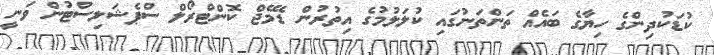
ކުޑަކުދިންގެ ހިޔާގެ ބައެއް ތަންތަނުގައި ކުލަލުމުގެ އިތުރުން ޑެމޭޖް ކޮންޓްރޯލް ސްޕެޝަލިސްޓުން ވަނީ